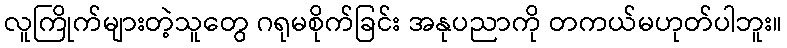
လူကြိုက်များတဲ့သူတွေ ဂရုမစိုက်ခြင်း အနုပညာကို တကယ်မဟုတ်ပါဘူး။